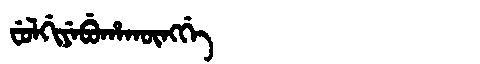
Manchu: ᠸᡠᠯᡤᡳᠶᡝᠪᡠᡥᠠᡴᡡᠩᡤᡝ
Romanization: FULGIYEBUHAKŪNGGE